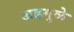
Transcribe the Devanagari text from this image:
अडगुळे